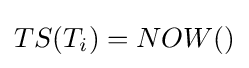
TS(T_{i})=NOW()